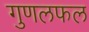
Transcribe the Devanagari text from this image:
गुणलफल